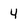
Character: 4